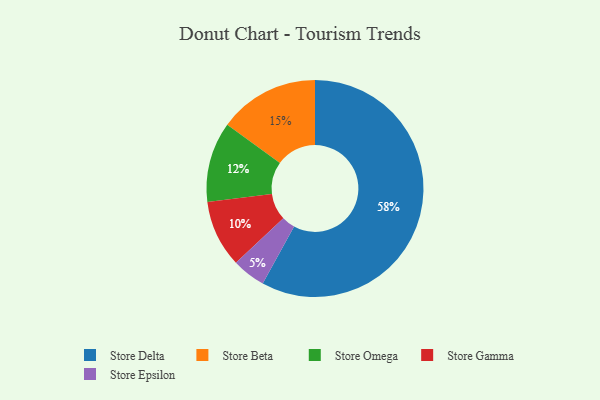
{"axis": {"x": "Category", "y": "Percentage"}, "legend": ["Store Beta", "Store Delta", "Store Epsilon", "Store Gamma", "Store Omega"], "data": [{"x": "Store Delta", "y": 58, "type": "Store Delta"}, {"x": "Store Omega", "y": 12, "type": "Store Omega"}, {"x": "Store Beta", "y": 15, "type": "Store Beta"}, {"x": "Store Gamma", "y": 10, "type": "Store Gamma"}, {"x": "Store Epsilon", "y": 5, "type": "Store Epsilon"}]}